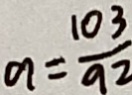
a = \frac { 1 0 3 } { 9 2 }